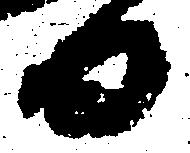
日